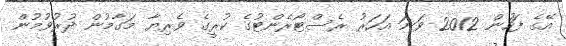
އޭގެ ފަހުން 2012 ވަނަ އަހަރު ރެސްޓޯރެންޓުގެ ކުރީގެ ވެރިޔާ މަގާމުން ދުރުވުމުން